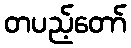
တပည့်တော်